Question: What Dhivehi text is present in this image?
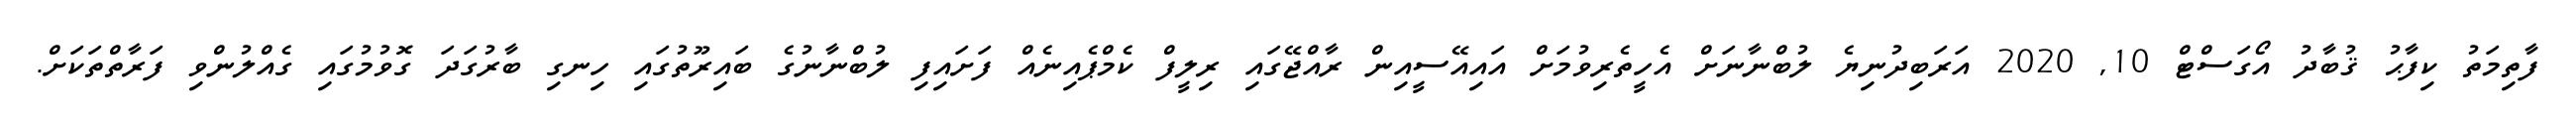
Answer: ފާތިމަތު ކިފާޙު ޤުބާދު އޯގަސްޓް 10, 2020 އަރަބިދުނިޔެ ލުބްނާނަށް އެހީތެރިވުމަށް އައިއޭސީއިން ރާއްޖޭގައި ރިލީފް ކެމްޕެއިނެއް ފަށައިފި ލުބްނާނުގެ ބައިރޫތުގައި ހިނގި ބާރުގަދަ ގޮވުމުގައި ގެއްލުންވި ފަރާތްތަކަށް.